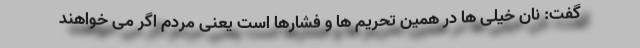
گفت: نان خیلی ها در همین تحریم ها و فشارها است یعنی مردم اگر می خواهند